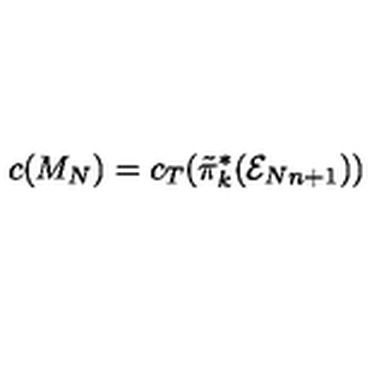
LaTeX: c ( M _ { N } ) = c _ { T } ( \tilde { \pi } _ { k } ^ { * } ( { \cal E } _ { N n + 1 } ) )